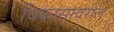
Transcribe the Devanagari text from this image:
विकासावरील